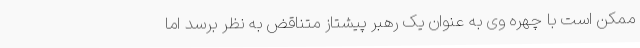
ممکن است با چهره وی به عنوان یک رهبر پیشتاز متناقض به نظر برسد اما